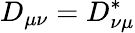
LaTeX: D_{\mu\nu}=D_{\nu\mu}^{*}